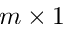
m \times 1